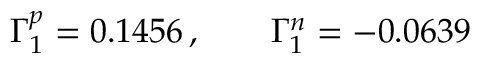
\Gamma _ { 1 } ^ { p } = 0 . 1 4 5 6 \, , \quad \quad \Gamma _ { 1 } ^ { n } = - 0 . 0 6 3 9